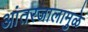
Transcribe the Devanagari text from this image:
आंतरजालामुळे